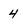
Character: 4